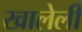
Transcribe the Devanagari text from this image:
खालेली